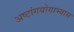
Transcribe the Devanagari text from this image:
अष्टांगयोगाभ्यास